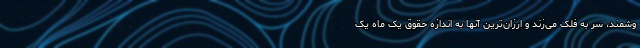
وشمند، سر به فلک می‌زند و ارزان‌ترین آنها به اندازه حقوق یک ماه یک